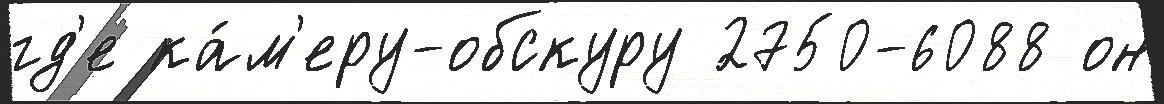
гд'е ка́м'еру-обскуру 2750-6088 он